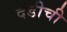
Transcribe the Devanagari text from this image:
दंडीची